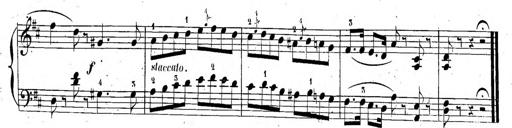
Title: 6 Sonatinen, Op.95
Composer: Ferdinand Hiller
Key: Various